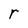
Character: r